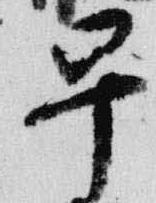
早